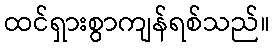
ထင်ရှားစွာကျန်ရစ်သည်။